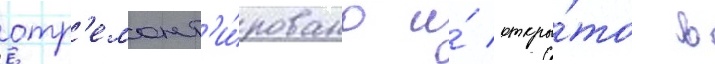
отр'емонт'и́ровано и́ откры́то в